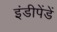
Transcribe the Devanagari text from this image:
इंडीपेंडें